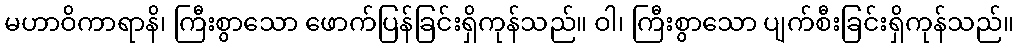
မဟာဝိကာရာနိ၊ ကြီးစွာသော ဖောက်ပြန်ခြင်းရှိကုန်သည်။ ဝါ၊ ကြီးစွာသော ပျက်စီးခြင်းရှိကုန်သည်။